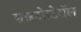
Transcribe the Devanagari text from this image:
साइटोस्टेरॉल